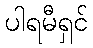
ပါရမီရှင်